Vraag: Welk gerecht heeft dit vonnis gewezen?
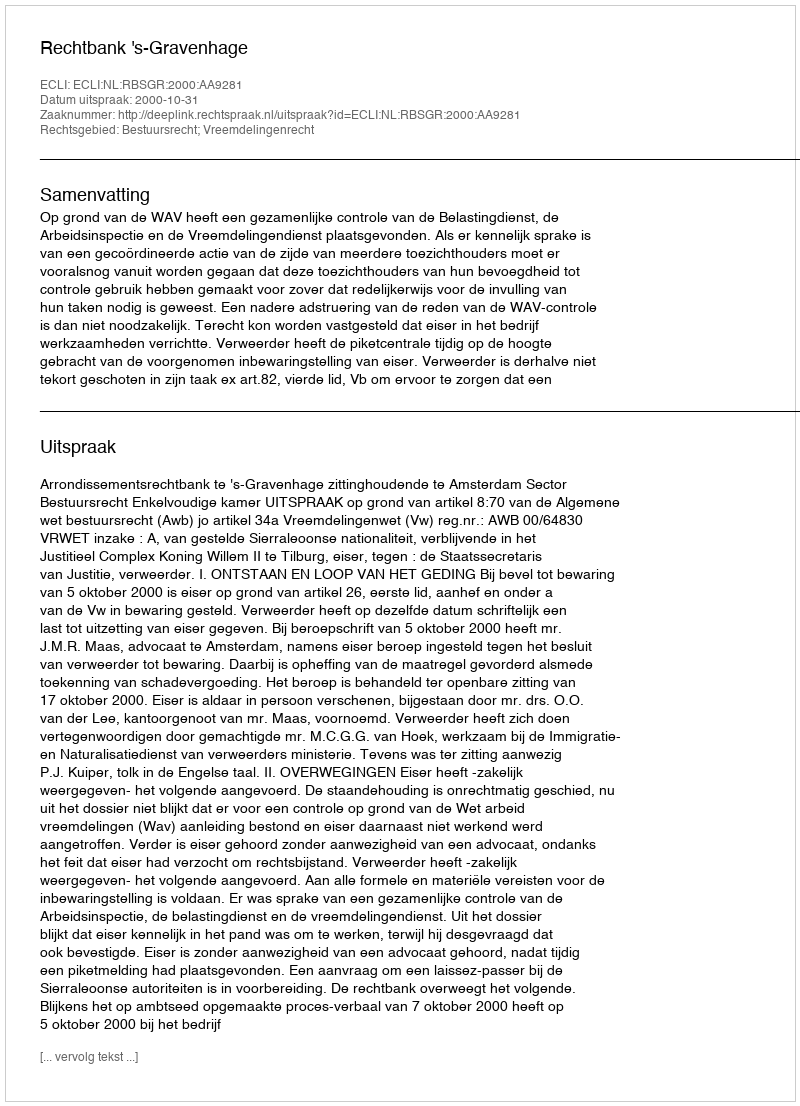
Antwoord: Rechtbank 's-Gravenhage